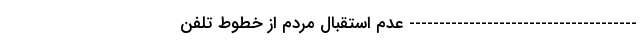
-------------------------------------- عدم استقبال مردم از خطوط تلفن